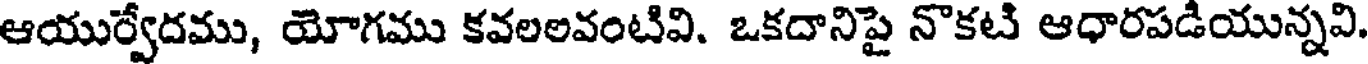
ఆయుర్వేదము, యోగము కవలలవంటివి. ఒకదానిపై నొకటి ఆధారపడియున్నవి